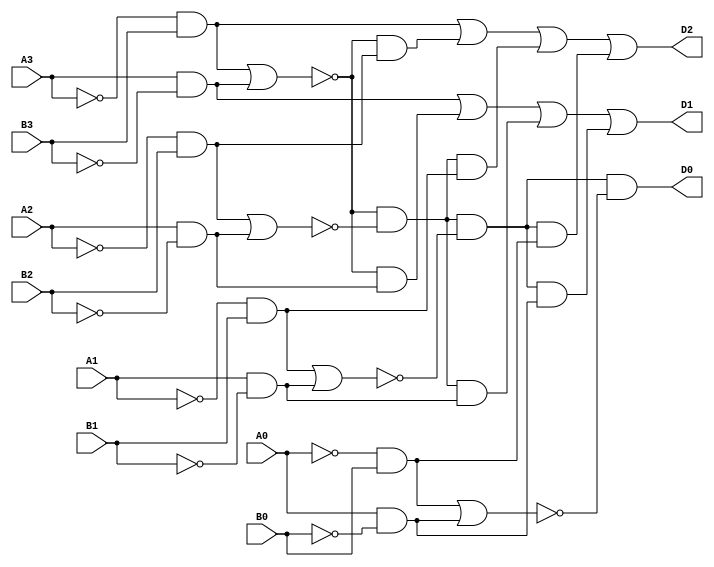
module gohw1(D0,D1,D2,A0,A1,A2,A3,B0,B1,B2,B3);

input A0,A1,A2,A3,B0,B1,B2,B3;
output D0,D1,D2;
wire na0,na1,na2,na3,nb0,nb1,nb2,nb3,t1,t2,t3,t4,t5,t6,t7,t8,t9,t10,t11,t12,t13,t14,x0,x1,x2,x3;

not not0(na0,A0);
not not1(na1,A1);
not not2(na2,A2);
not not3(na3,A3);
not not4(nb0,B0);
not not5(nb1,B1);
not not6(nb2,B2);
not not7(nb3,B3);

and and1(t1,na3,B3);
and and2(t2,A3,nb3);
nor nor1(x3,t1,t2);

and and3(t3,na2,B2);
and and4(t4,A2,nb2);
nor nor2(x2,t3,t4);

and and5(t5,na1,B1);
and and6(t6,A1,nb1);
nor nor3(x1,t5,t6);

and and7(t7,na0,B0);
and and8(t8,A0,nb0);
nor nor4(x0,t7,t8);

and and9(t9,x3,t3);
and and10(t10,x3,t4);
and and11(t11,x3,x2,t5);
and and12(t12,x3,x2,t6);
and and13(t13,x3,x2,x1,t7);
and and14(t14,x3,x2,x1,t8);
and and15(D0,x3,x2,x1,x0);

or or1(D2,t1,t9,t11,t13);
or or2(D1,t2,t10,t12,t14);

endmodule